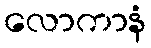
လောကာနံ